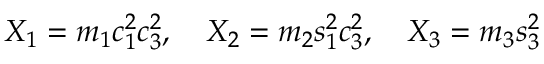
X _ { 1 } = m _ { 1 } c _ { 1 } ^ { 2 } c _ { 3 } ^ { 2 } , \quad X _ { 2 } = m _ { 2 } s _ { 1 } ^ { 2 } c _ { 3 } ^ { 2 } , \quad X _ { 3 } = m _ { 3 } s _ { 3 } ^ { 2 }